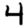
Digit: 4